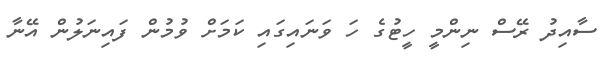
ސާއިދު ރޭސް ނިންމީ ހީޓުގެ ހަ ވަނައިގައި ކަމަށް ވުމުން ފައިނަލުން އޭނާ